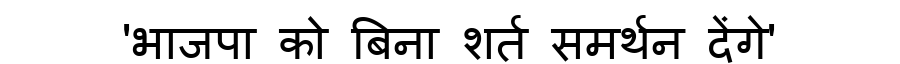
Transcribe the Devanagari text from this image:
'भाजपा को बिना शर्त समर्थन देंगे'